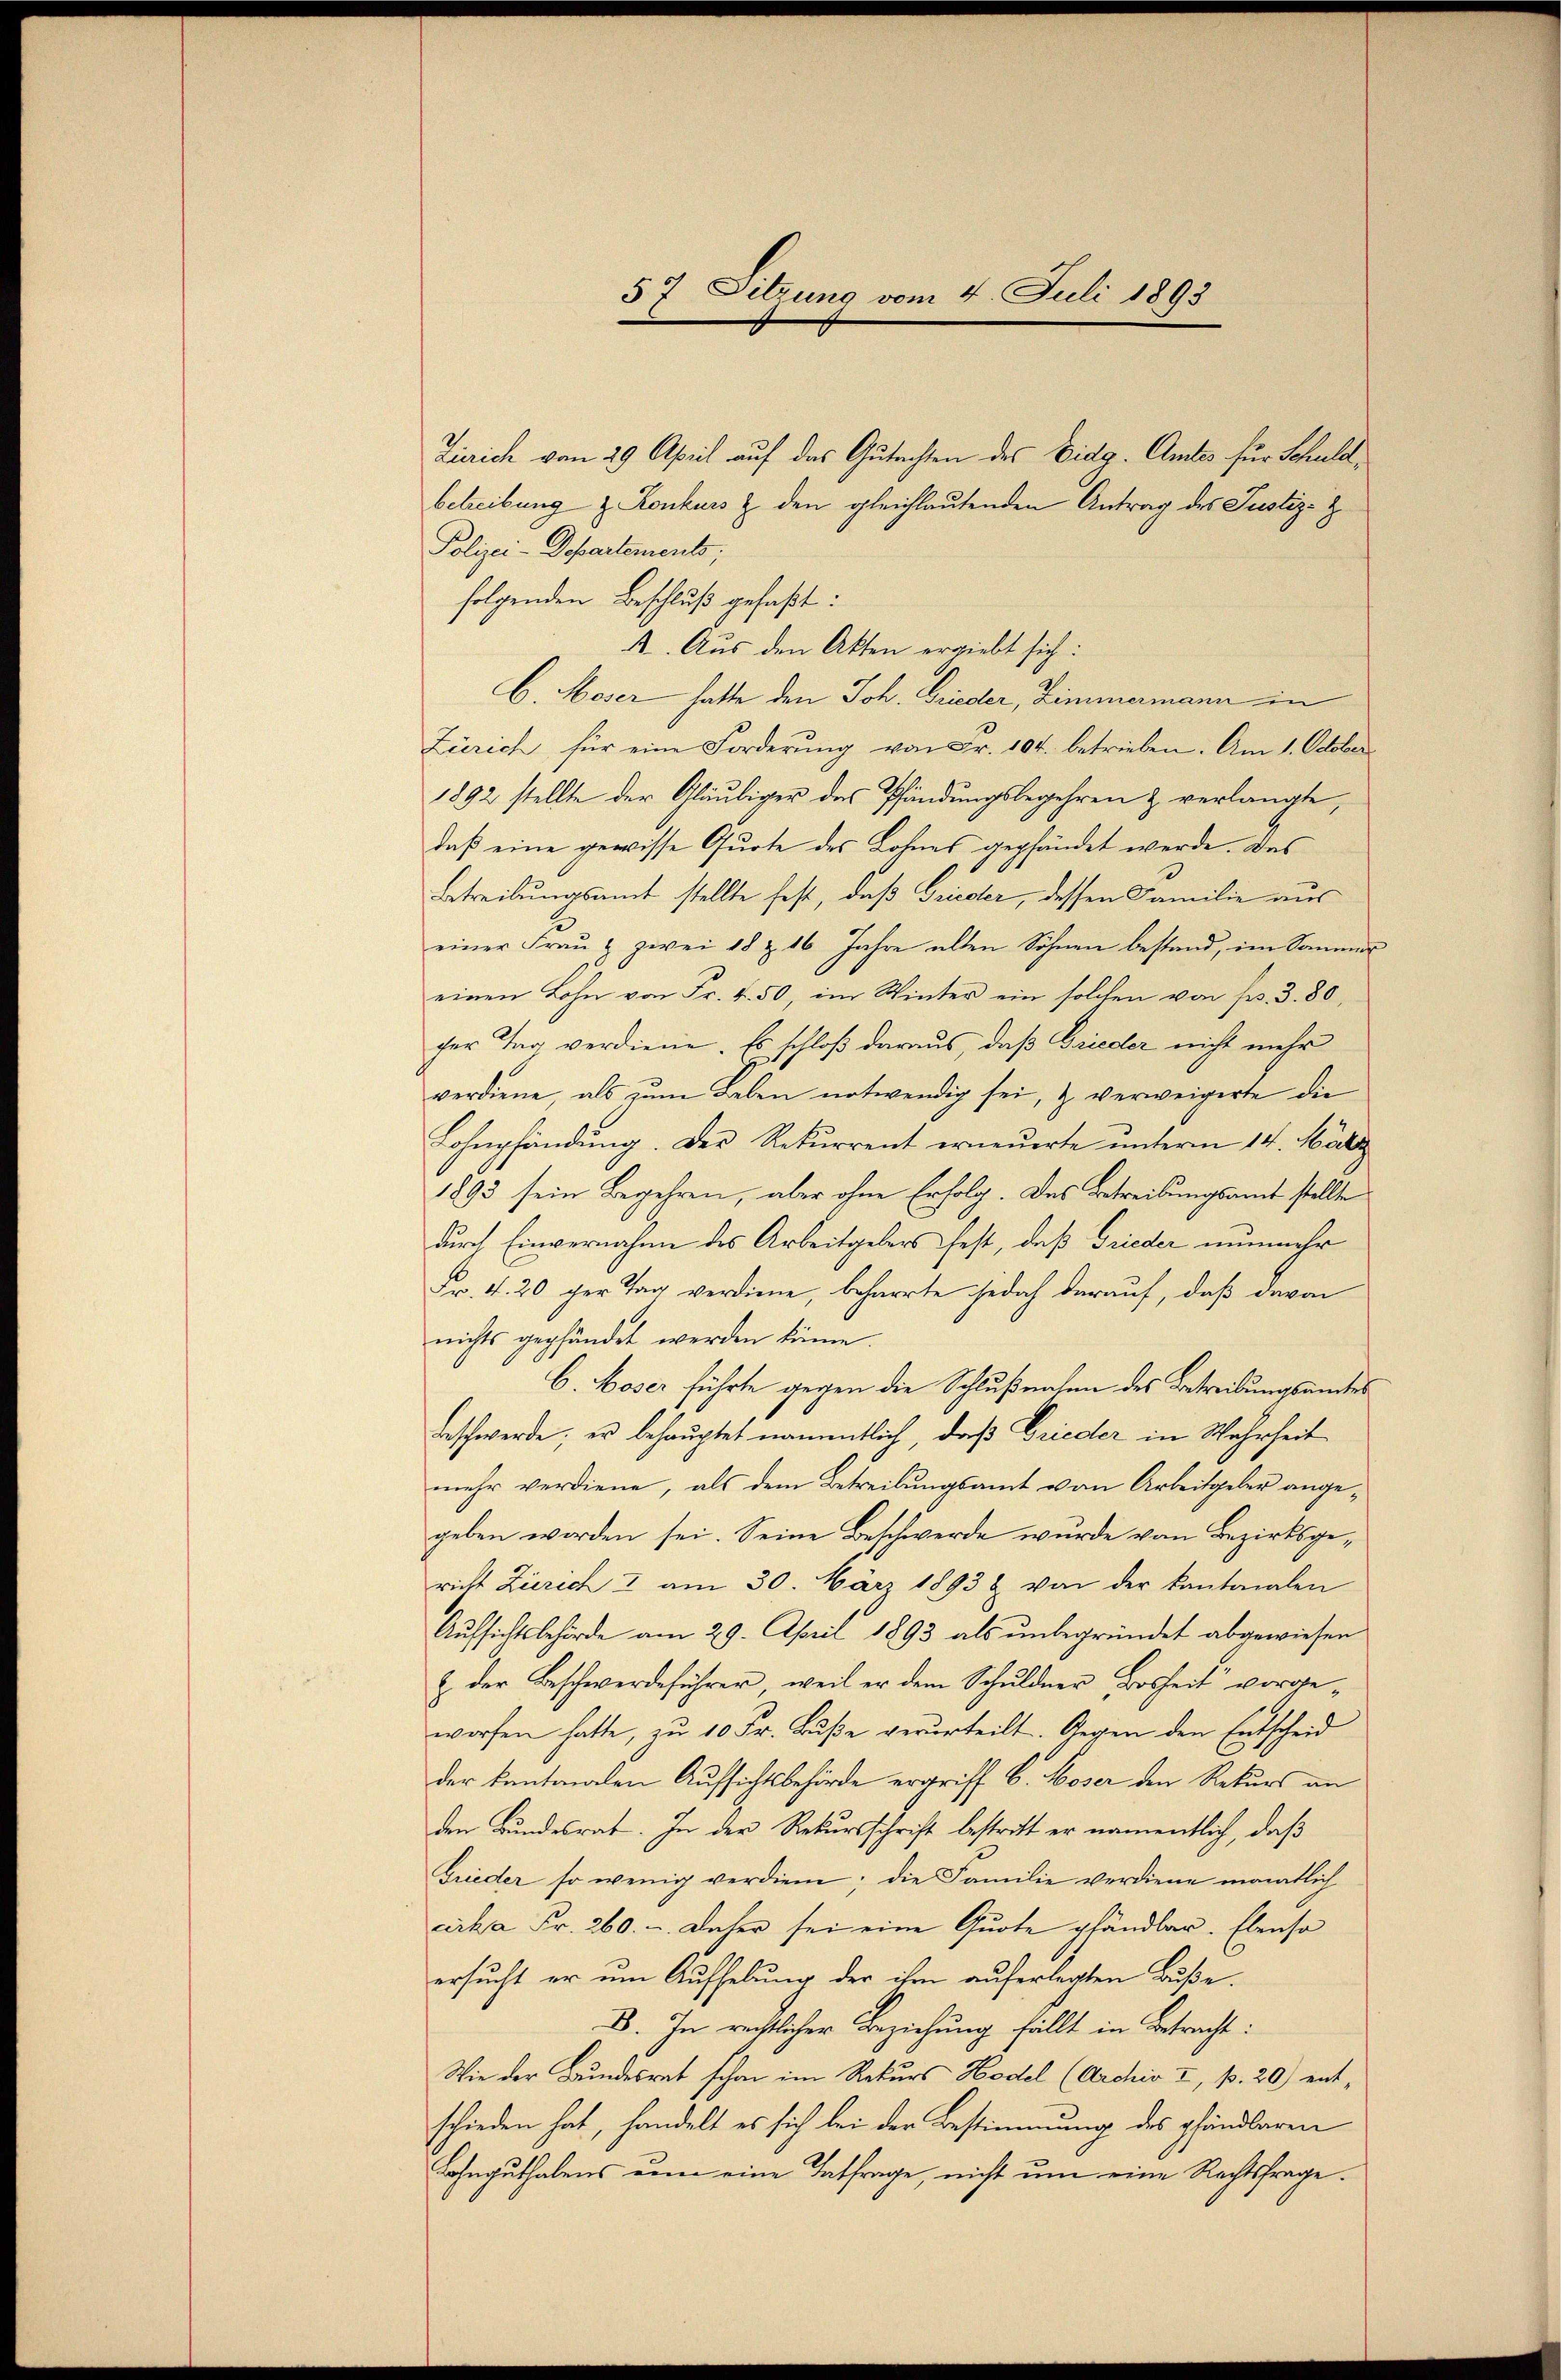
57 Sitzung vom 4. Juli 1893

Zürich von 29. April auf das Gutachten des Eidg. Amtes für Schuldbetreibung & Konkurs & den gleichlautenden Antrag des Justiz-Z
Polizei-Departements;
folgenden Beschluß gefaßt:
A. Aus den Akten ergiebt sich:
b. Moser hatte den Joh. Frieder, Zimmermann in
Zürich für eine Forderŭng von Fr. 104. betrieben. Am 1. October
1892 stellte der Gläubiger des Pfändungsbegehren & verlangte,
daß eine gewisse Quote des Lohnes gepfändet werde. Das
Betreibungsamt stellte fest, daß Grieder, dessen Familie aus
einer Fraŭ u zwei 18 & 16 Jahre alten Söhnen bestand, im Sommer
einen Lohn von Fr. 4. 50, im Winter ein solchen von fr. 3.80
cher Tag verdiene. Es schloß daraus, daß Frieder nicht mehr
verdiene, als zŭm Leben notwendig sei, & verweigerte die
Lohmpfändung. Der Rekurrent erneuerte unterm 14. März
1893 sein Begehren, aber ohne Erfolg. Das Betreibungsamt stellte
durch Einvernahme des Arbeitgebers fest, daß Grieder nunmehr
Fr. 4. 20 per Tag verdiene, beharrte jedoch darauf, daß davon
nichts gepfändet werden könne.
C. Boser führte gegen die Schlußnahme des Betreibungsamtes
Beschwerde; er behauptet namentlich, daß Frieder in Wahrheit
mehr verdiene, als dem Betreibungsamt von Arbeitgeber angegeben worden sei. Seine Beschwerde wurde von Bezirksgericht Zürich 2 am 30. März 1893 & von der kantonalen
Aŭfsichtsbehörde am 29. April 1893 als ŭnbegründet abgewiesen
& der Beschwerdeführer, weil er dem Schuldner Bosheit vorgeworfen hatte, zu 10 Fr. Buße verurteilt. Gegen den Entscheid
der kantonalen Aufsichtsbehörde ergriff 6. Moser den Rekurs an
den Bundesrat. In der Rekursschrift bestritt er namentlich, daß
Frieder so wenig verdien; die Familie verdiene monatlich
cirka Fr. 260. - Daher sei eine Quote pfändbar. Ebenso
ersucht er um Aufhebung der ihre auferlegten Buße.
B. In rechtlicher Beziehung fällt in Betracht:
Wie der Bundesrat schon im Rekurs Hodel (Archiv I, p. 20) entschieden hat, handelt es sich bei der Bestimmung des pfändbaren
Lahnguthabens zum eine Tatfrage, nicht um eine Rechtsfrage.